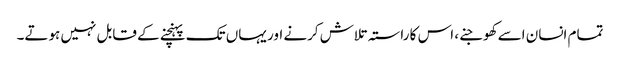
تمام انسان اسے کھوجنے، اس کا راستہ تلاش کرنے اور یہاں تک پہنچنے کے قابل نہیں ہوتے۔